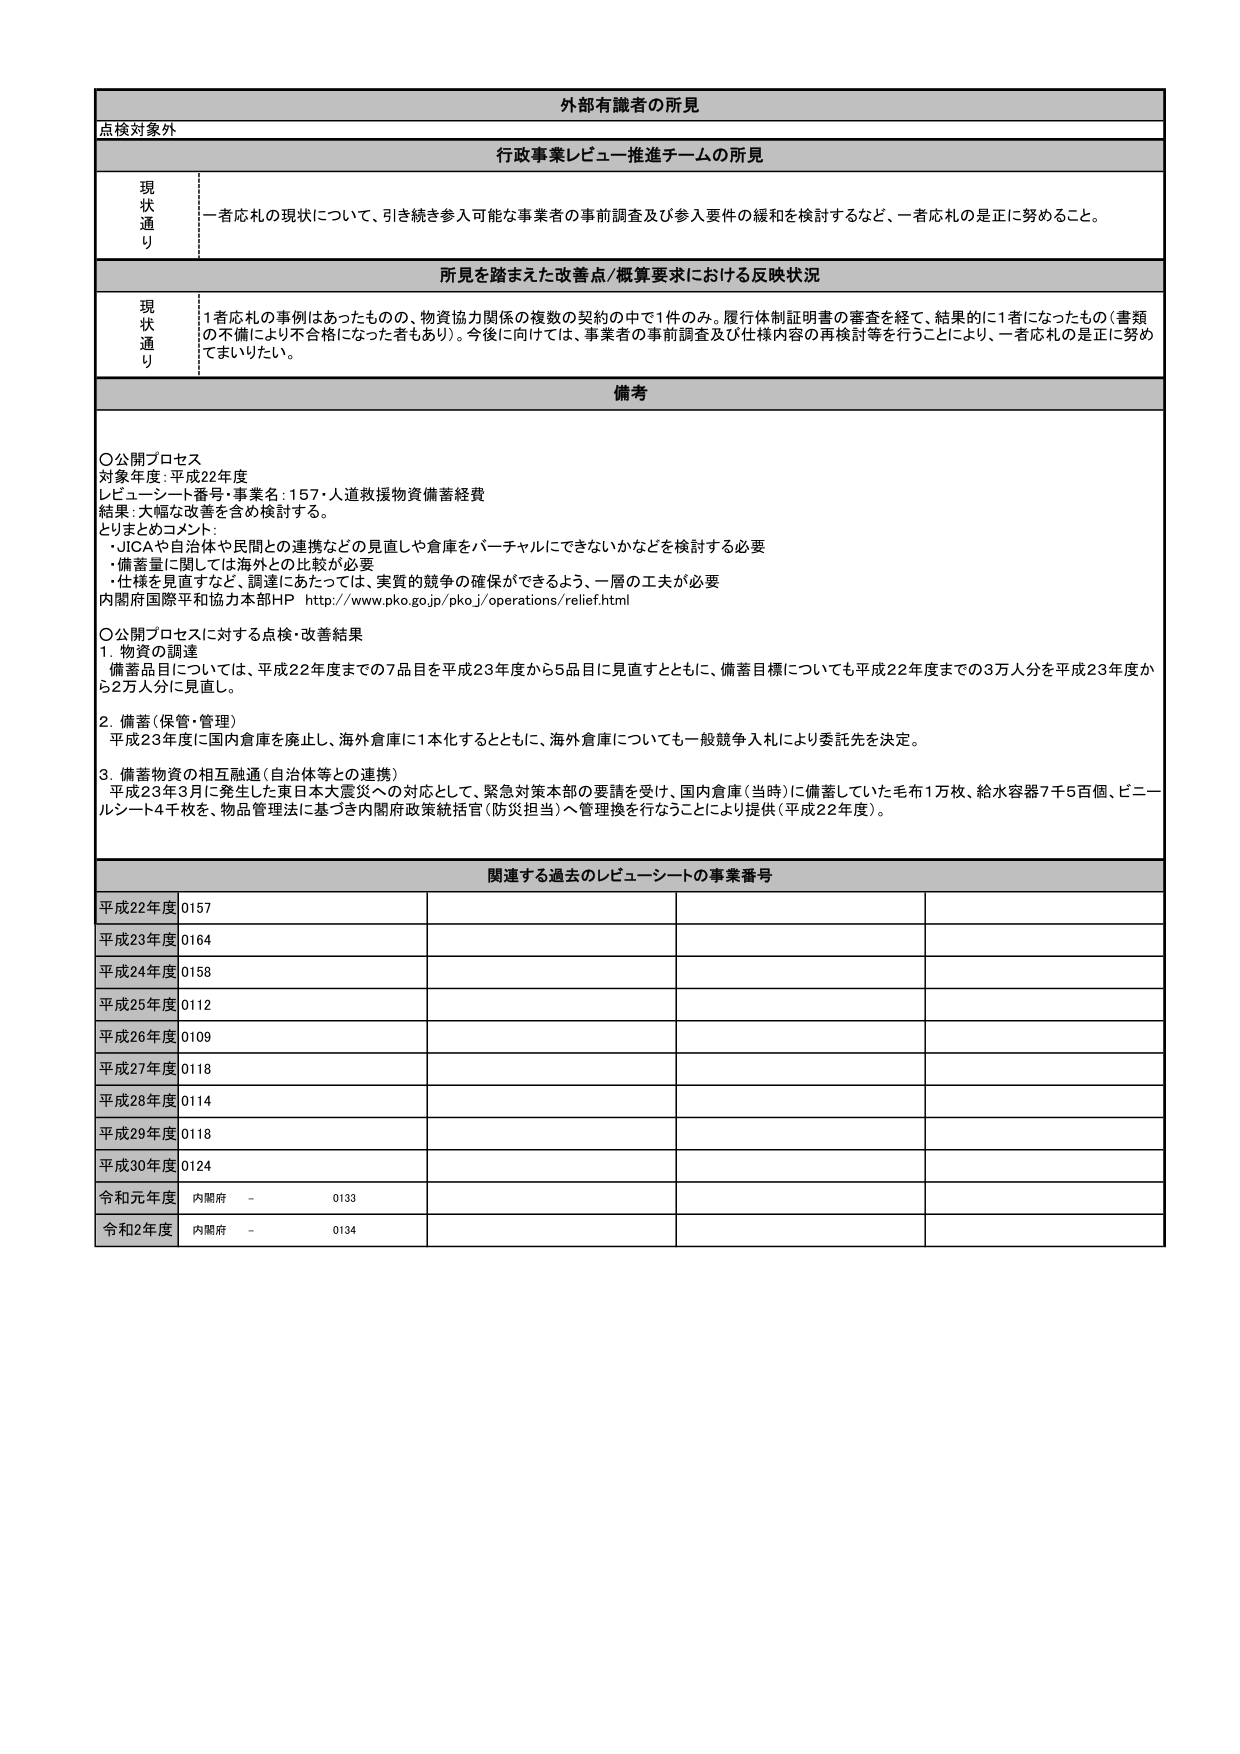
外部有識者の所見
点検対象外

行政事業レビュー推進チームの所見
現状通り
一者応札の現状について、引き続き参入可能な事業者の事前調査及び参入要件の緩和を検討するなど、一者応札の是正に努めること。

所見を踏まえた改善点/概算要求における反映状況
現状通り
1者応札の事例はあったものの、物資協力関係の複数の契約の中で1件のみ。履行体制証明書の審査を経て、結果的に1者になったもの（書類の不備により不合格になった者もあり）。今後に向けては、事業者の事前調査及び仕様内容の再検討等を行うことにより、一者応札の是正に努めてまいりたい。

備考
〇公開プロセス
対象年度：平成22年度
レビュー・シート番号・事業名：157・人道救援物資備蓄経費
結果：大幅な改善を含め検討する。
とりまとめコメント：
・JICAや自治体や民間との連携などの見直しや倉庫をバーチャルにできないかなどを検討する必要
・備蓄量に関しては海外との比較が必要
・仕様を見直すなど、調達にあたっては、実質的競争の確保ができるよう、一層の工夫が必要
内閣府国際平和協力本部HP http://www.pko.go.jp/pko_j/operations/relief.html

〇公開プロセスに対する点検・改善結果
1. 物資の調達
備蓄品目については、平成22年度までの7品目を平成23年度から5品目に見直すとともに、備蓄目標についても平成22年度までの3万人分を平成23年度から2万人分に見直し。

2. 備蓄（保管・管理）
平成23年度に国内倉庫を廃止し、海外倉庫に1本化するとともに、海外倉庫についても一般競争入札により委託先を決定。

3. 備蓄物資の相互融通（自治体等との連携）
平成23年3月に発生した東日本大震災への対応として、緊急対策本部の要請を受け、国内倉庫（当時）に備蓄していた毛布1万枚、給水容器7千5百個、ビニールシート4千枚を、物品管理法に基づき内閣府政策統括官（防災担当）へ管理換を行なうことにより提供（平成22年度）。

関連する過去のレビュー・シートの事業番号
平成22年度 0157
平成23年度 0164
平成24年度 0158
平成25年度 0112
平成26年度 0109
平成27年度 0118
平成28年度 0114
平成29年度 0118
平成30年度 0124
令和元年度 内閣府 - 0133
令和2年度 内閣府 - 0134